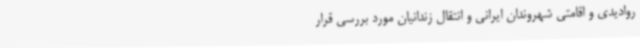
روادیدی و اقامتی شهروندان ایرانی و انتقال زندانیان مورد بررسی قرار